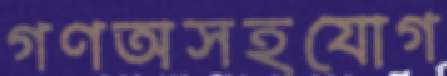
গণঅসহযোগ